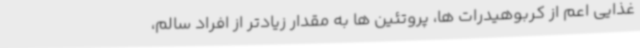
غذایی اعم از کربوهیدرات ها، پروتئین ها به مقدار زیادتر از افراد سالم،